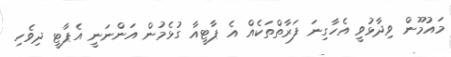
މައުމޫން ވިދާޅުވީ އެހާގިނަ ފަރާތްތަކެއް އެ ޕާޓީއާ ގުޅެމުން އަންނަނީ އެޕާޓީ ދިވެހި